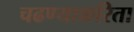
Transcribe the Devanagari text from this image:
चढण्याकरिता